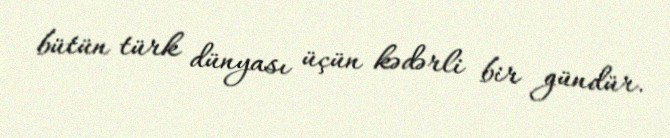
bütün türk dünyası üçün kədərli bir gündür.